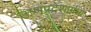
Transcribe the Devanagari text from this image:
उष्णप्रदेशामध्ये